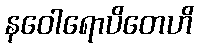
နဝေါရောပိတေဟိ